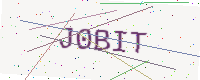
Text: J0BIT